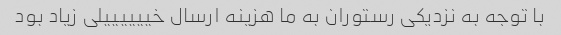
با توجه به نزدیکی رستوران به ما هزینه ارسال خییییییلی زیاد بود